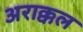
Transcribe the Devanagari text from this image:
अराक्कल